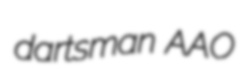
dartsman AAO